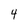
Character: 4